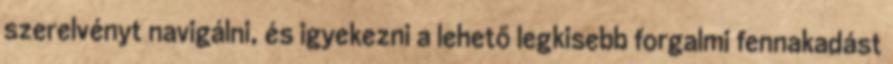
szerelvényt navigálni, és igyekezni a lehető legkisebb forgalmi fennakadást